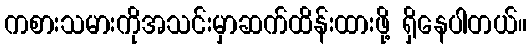
ကစားသမားကိုအသင်းမှာဆက်ထိန်းထားဖို့ ရှိနေပါတယ်။